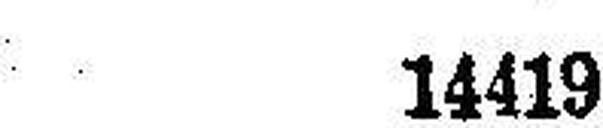
14419